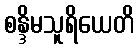
စန္ဒိမသူရိယေတိ